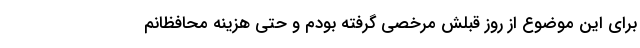
برای این موضوع از روز قبلش مرخصی گرفته بودم و حتی هزینه محافظانم‌